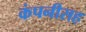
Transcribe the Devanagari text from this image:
कंपनीसह